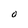
Character: O